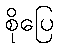
စိုပြေ